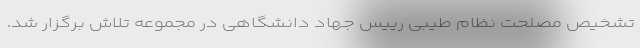
تشخیص مصلحت نظام طیبی رییس جهاد دانشگاهی در مجموعه تلاش برگزار شد.